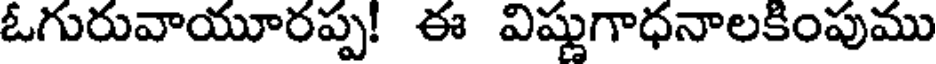
ఓగురువాయూరప్ప! ఈ విష్ణుగాధనాలకింపుము